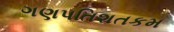
ગણપતિશતકમ